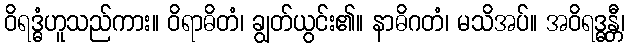
ဝိရဒ္ဓံဟူသည်ကား။ ဝိရာဓိတံ၊ ချွတ်ယွင်း၏။ နာဓိဂတံ၊ မသိအပ်။ အဝိရဒ္ဓန္တီ၊